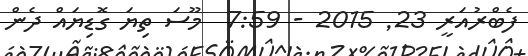
ފެބްރުއަރީ 23